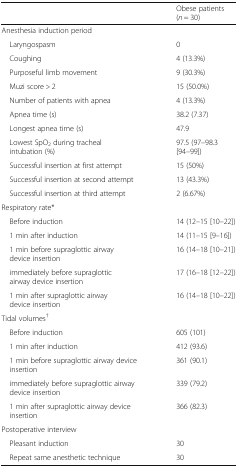
<table><thead><tr><td></td><td><b>Obese patients(<i>n</i> = 30)</b></td></tr></thead><tbody><tr><td colspan="2">Anesthesia induction period</td></tr><tr><td> Laryngospasm</td><td>0</td></tr><tr><td> Coughing</td><td>4 (13.3%)</td></tr><tr><td> Purposeful limb movement</td><td>9 (30.3%)</td></tr><tr><td> Muzi score &gt; 2</td><td>15 (50.0%)</td></tr><tr><td> Number of patients with apnea</td><td>4 (13.3%)</td></tr><tr><td> Apnea time (s)</td><td>38.2 (7.37)</td></tr><tr><td> Longest apnea time (s)</td><td>47.9</td></tr><tr><td> Lowest SpO<sub>2</sub> during tracheal intubation (%)</td><td>97.5 (97–98.3 [94–99])</td></tr><tr><td> Successful insertion at first attempt</td><td>15 (50%)</td></tr><tr><td> Successful insertion at second attempt</td><td>13 (43.3%)</td></tr><tr><td> Successful insertion at third attempt</td><td>2 (6.67%)</td></tr><tr><td colspan="2">Respiratory rate*</td></tr><tr><td> Before induction</td><td>14 (12–15 [10–22])</td></tr><tr><td> 1 min after induction</td><td>14 (11–15 [9–16])</td></tr><tr><td> 1 min before supraglottic airway device insertion</td><td>16 (14–18 [10–21])</td></tr><tr><td> immediately before supraglottic airway device insertion</td><td>17 (16–18 [12–22])</td></tr><tr><td> 1 min after supraglottic airway device insertion</td><td>16 (14–18 [10–22])</td></tr><tr><td colspan="2">Tidal volumes<sup>†</sup></td></tr><tr><td> Before induction</td><td>605 (101)</td></tr><tr><td> 1 min after induction</td><td>412 (93.6)</td></tr><tr><td> 1 min before supraglottic airway device insertion</td><td>361 (90.1)</td></tr><tr><td> immediately before supraglottic airway device insertion</td><td>339 (79.2)</td></tr><tr><td> 1 min after supraglottic airway device insertion</td><td>366 (82.3)</td></tr><tr><td colspan="2">Postoperative interview</td></tr><tr><td> Pleasant induction</td><td>30</td></tr><tr><td> Repeat same anesthetic technique</td><td>30</td></tr></tbody></table>